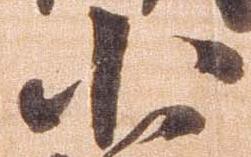
小